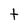
Character: t